Lunatic asylums Punjab 1895-1910 - 1895-1910
Year: 1895
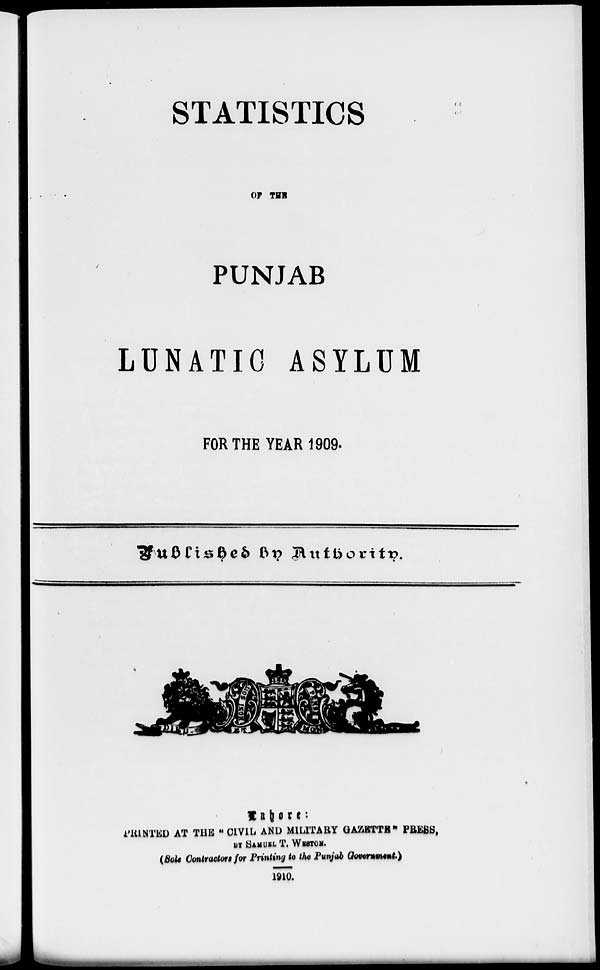
STATISTICS
OF THE
PUNJAB
LUNATIC ASYLUM
FOR THE YEAR 1909.
Published by Authority.
PRINTED AT THE "CIVIL AND MILITARY GAZETTE" PRESS,
BY SAMUEL T, WESTON.
(Sole Contractors for Printing to the Punjab Government.)
1910.